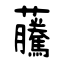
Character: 虅